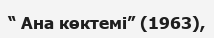
“ Ана көктемі” (1963),